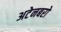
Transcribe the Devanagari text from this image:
अटेनबरो